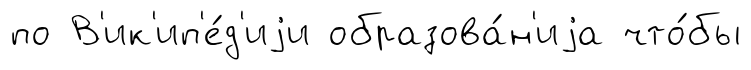
по В'ик'ип'е́д'иjи образова́н'иjа что́бы